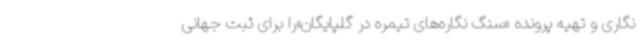
نگاری و تهیه پرونده «سنگ نگاره‌های تیمره در گلپایگان»را برای ثبت جهانی